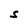
Character: S